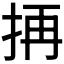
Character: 𭠣